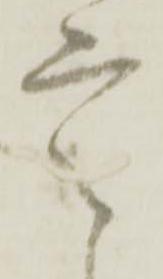
定